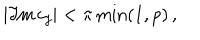
LaTeX: | \Im \mathrm { m } \, c _ { j } | < \pi \min ( 1 , p ) \, ,